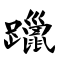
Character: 躐